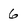
Character: 6